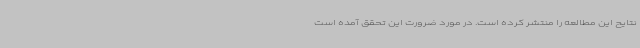
نتایح این مطالعه را منتشر کرده است. در مورد ضرورت این تحقق آمده است